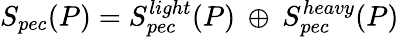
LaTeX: S_{pec}(P)=S_{pec}^{light}(P)\: \oplus\: S_{pec}^{heavy}(P)